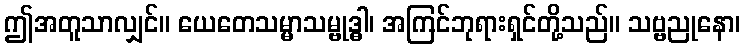
ဤအတူသာလျှင်။ ယေတေသမ္မာသမ္ဗုဒ္ဓါ၊ အကြင်ဘုရားရှင်တို့သည်။ သဗ္ဗညုနော၊